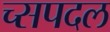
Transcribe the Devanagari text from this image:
च्सपदल